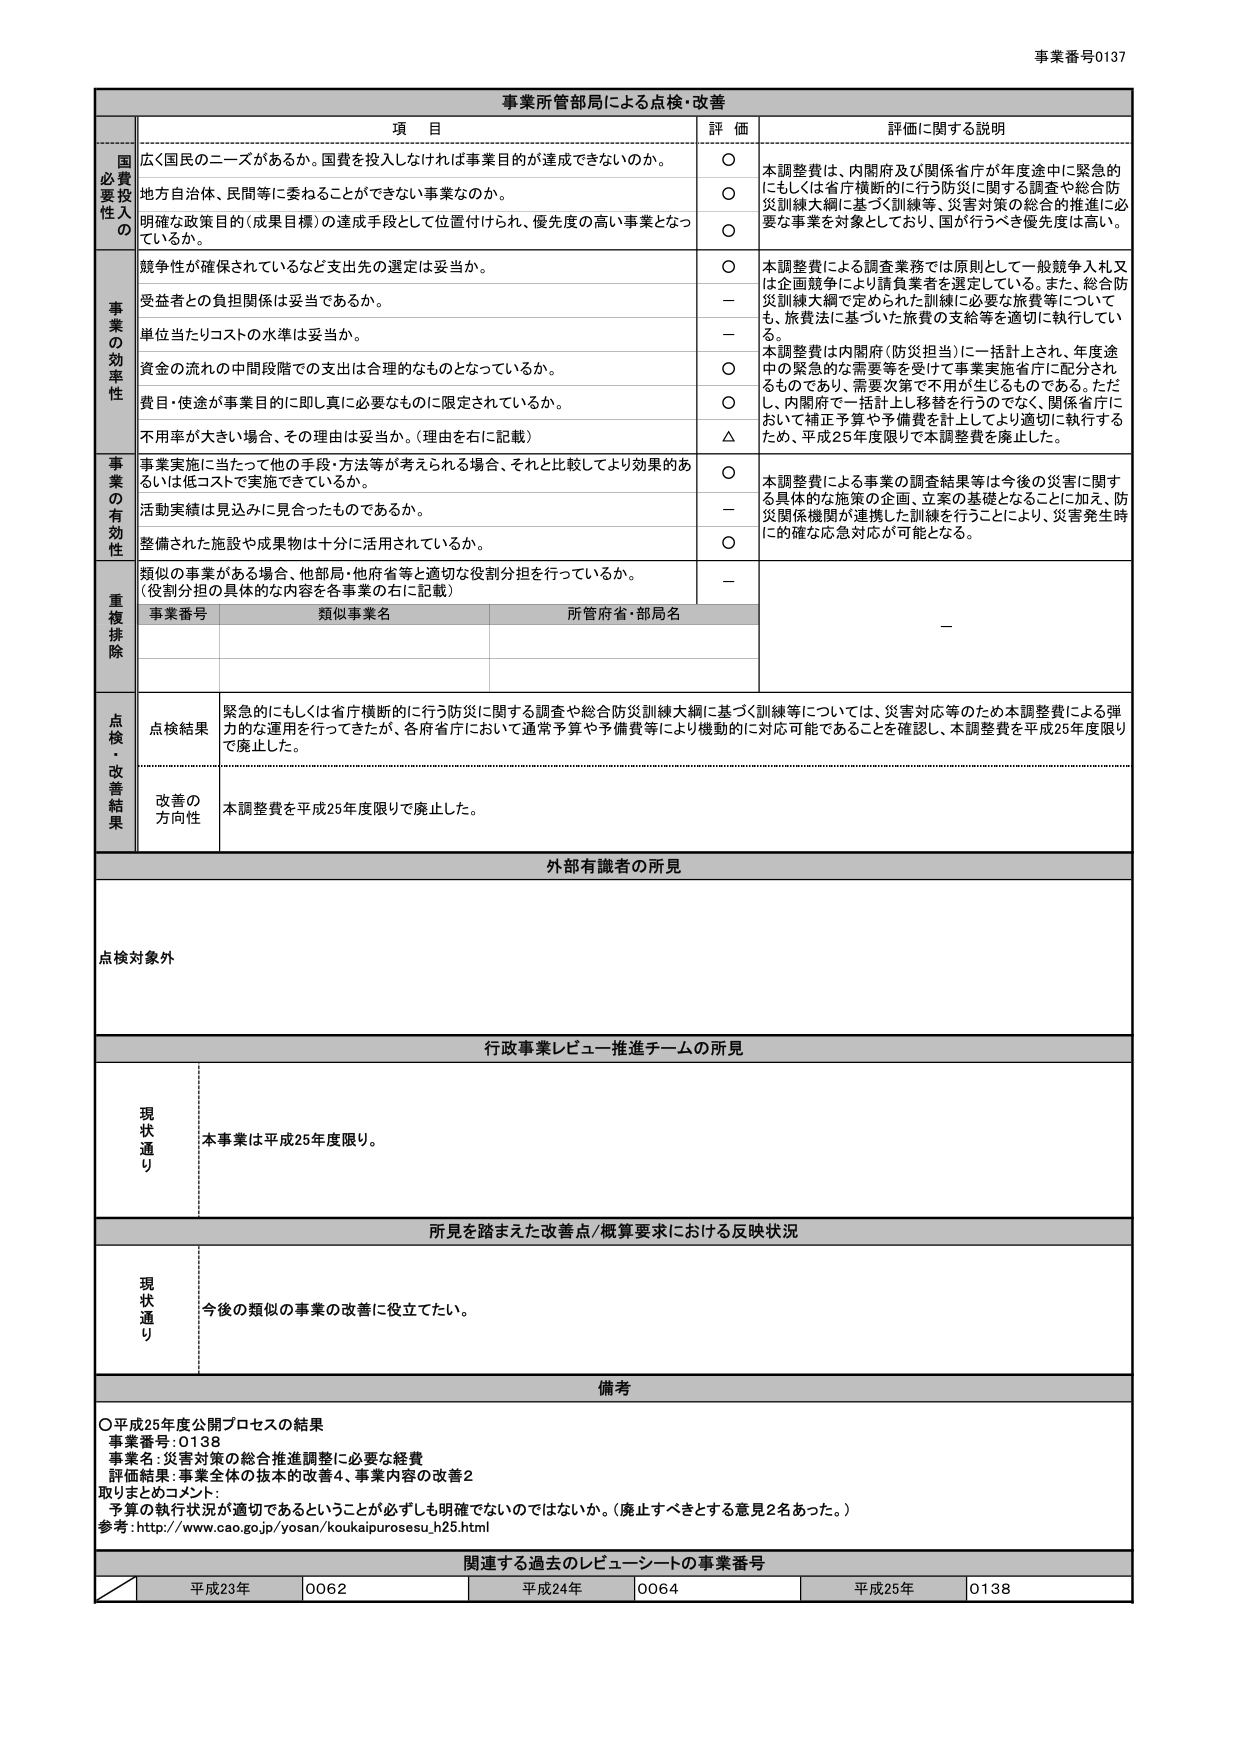
事業番号0137

事業所管部局による点検・改善

項 目 評 価 評価に関する説明

国必要投入の
広く国民のニーズがあるか。国費を投入しなければ事業目的が達成できないか。 ○ 本調整費は、内閣府及び関係省庁が年度途中に緊急的
にもしくは省庁横断的に行う防災に関する調査や総合防
災訓練大綱に基づく訓練等、災害対策の総合的推進に必
要な事業を対象としており、国が行うべき優先度は高い。
地方自治体、民間等に委ねることができない事業なのか。 ○
明確な政策目的（成果目標）の達成手段として位置付けられ、優先度の高い事業となっ
ているか。 ○

事業の効率性
競争性が確保されているなど支出先の選定は妥当か。 ○ 本調整費による調査業務では原則として一般競争入札又
は企画競争により請負業者を選定している。また、総合防
災訓練大綱で定められた訓練に必要な旅費等について
も、旅費法に基づいた旅費の支給等を適切に執行してい
る。
受益者との負担関係は妥当であるか。 －
単位当たりコストの水準は妥当か。 － 本調整費は内閣府（防災担当）に一括計上され、年度途
中の緊急的な需要等を受けて事業実施省庁に配分され
るものであり、需要次第で不用が生じるものである。ただ
し、内閣府で一括計上し移管を行うのではなく、関係省庁に
おいて補正予算や予備費を計上してより適切に執行する
ため、平成25年度限りで本調整費を廃止した。
資金の流れの中間段階での支出は合理的なものとなっているか。 ○
費目・用途が事業目的に即し真に必要なものに限定されているか。 ○
不用率が大きい場合、その理由は妥当か。（理由を右に記載） △

事業の有効性
事業実施に当たって他の手段・方法等が考えられる場合、それと比較してより効果のあ
るいは低コストで実施できているか。 ○ 本調整費による事業の調査結果等は今後の災害に関す
る具体的な施策の企画、立案の基礎となることに加え、防
災関係機関が連携した訓練を行うことにより、災害発生時
に的確な応急対応が可能となる。
活動実績は見込みに見合ったものであるか。 －
整備された施設や成果物は十分に活用されているか。 ○
類似の事業がある場合、他部局・他府省等と適切な役割分担を行っているか。
（役割分担の具体的な内容を各事業の右に記載） －

重複排除
事業番号 類似事業名 所管省庁・部局名 －

点検・改善結果
点検結果 緊急的にもしくは省庁横断的に行う防災に関する調査や総合防災訓練大綱に基づく訓練等については、災害対応等のため本調整費による弾
力的な運用を行ってきたが、各府省庁において通常予算や予備費等により機動的に対応可能であることを確認し、本調整費を平成25年度限り
で廃止した。
改善の方向性 本調整費を平成25年度限りで廃止した。

外部有識者の所見
点検対象外

行政事業レビュー推進チームの所見
現状通り 本事業は平成25年度限り。

所見を踏まえた改善点／概算要求における反映状況
現状通り 今後の類似の事業の改善に役立てたい。

備考
○平成25年度公開プロセスの結果
事業番号：0138
事業名：災害対策の総合推進調整に必要な経費
評価結果：事業全体の抜本的改善4、事業内容の改善2
取りまとめコメント：
予算の執行状況が適切であるということが必ずしも明確ではないのではないか。（廃止すべきとする意見2名あった。）
参考：http://www.cao.go.jp/yosan/koukaipurosesu_h25.html

関連する過去のレビュー・シートの事業番号
平成23年 0062 平成24年 0064 平成25年 0138